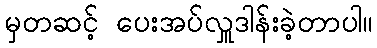
မှတဆင့် ပေးအပ်လှူဒါန်းခဲ့တာပါ။